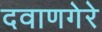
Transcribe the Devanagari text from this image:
दवाणगेरे